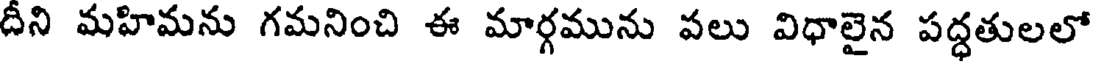
దీని మహిమను గమనించి ఈ మార్గమును వలు విధాలైన పద్ధతులలో